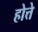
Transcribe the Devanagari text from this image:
होत्ते